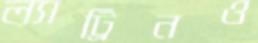
ল্যাট্রিনও